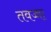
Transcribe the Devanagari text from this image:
तवज्जा